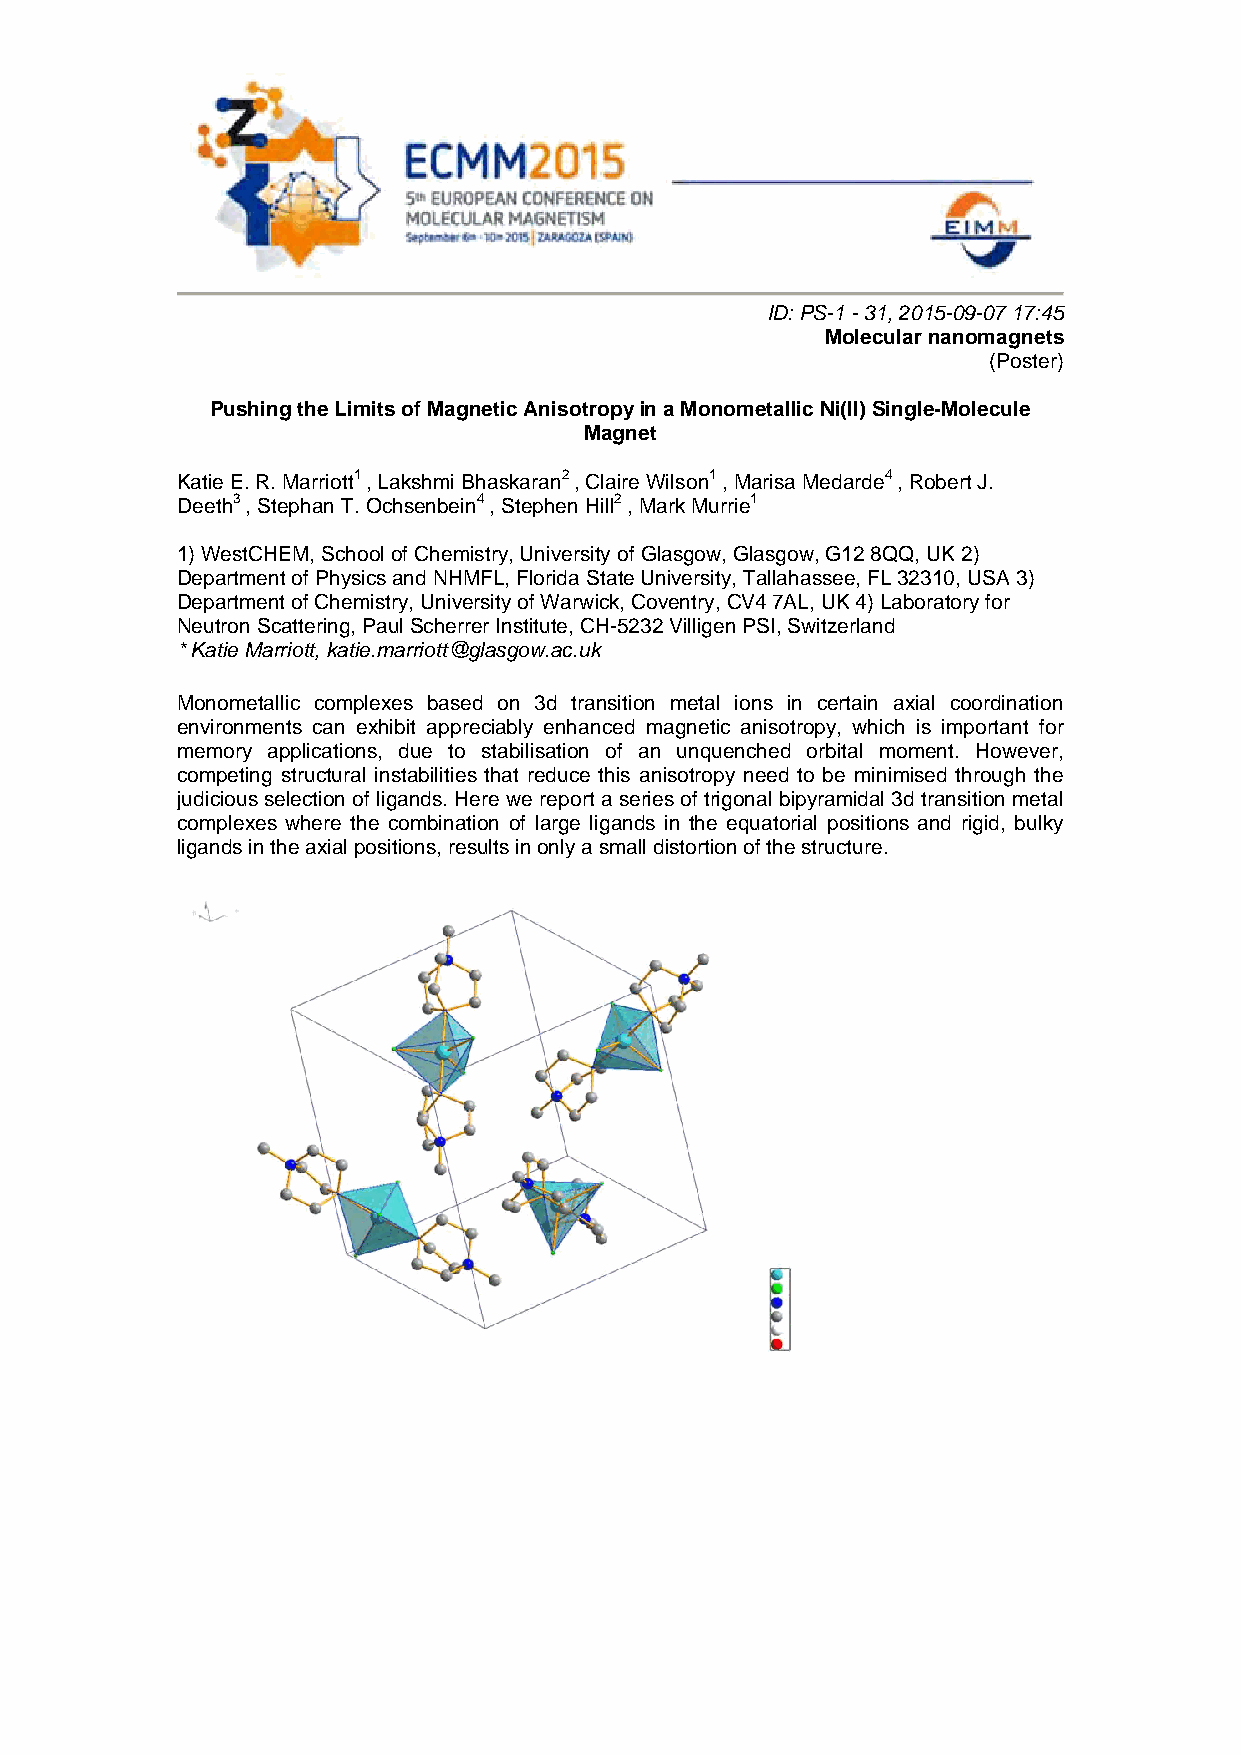
ID: PS-1 - 31, 2015-09-07 17:45
 Molecular nanomagnets
 (Poster)
 Pushing the Limits of Magnetic Anisotropy in a Monometallic Ni(II) Single-Molecule
 Magnet
 Katie E. R. Marriott1 , Lakshmi Bhaskaran2 , Claire Wilson1 , Marisa Medarde4 , Robert J.
 Deeth3 , Stephan T. Ochsenbein4 , Stephen Hill2 , Mark Murrie1
 1) WestCHEM, School of Chemistry, University of Glasgow, Glasgow, G12 8QQ, UK 2)
 Department of Physics and NHMFL, Florida State University, Tallahassee, FL 32310, USA 3)
 Department of Chemistry, University of Warwick, Coventry, CV4 7AL, UK 4) Laboratory for
 Neutron Scattering, Paul Scherrer Institute, CH-5232 Villigen PSI, Switzerland
 * Katie Marriott, katie.marriott@glasgow.ac.uk
 Monometallic complexes based on 3d transition metal ions in certain axial coordination
 environments can exhibit appreciably enhanced magnetic anisotropy, which is important for
 memory applications, due to stabilisation of an unquenched orbital moment. However,
 competing structural instabilities that reduce this anisotropy need to be minimised through the
 judicious selection of ligands. Here we report a series of trigonal bipyramidal 3d transition metal
 complexes where the combination of large ligands in the equatorial positions and rigid, bulky
 ligands in the axial positions, results in only a small distortion of the structure.